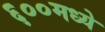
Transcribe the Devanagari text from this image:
६००मध्ये